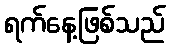
ရက်နေ့ဖြစ်သည်